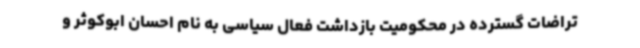
تراضات گسترده در محکومیت بازداشت فعال سیاسی به نام احسان ابوکوثر و